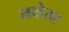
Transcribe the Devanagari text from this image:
नव्हेतर